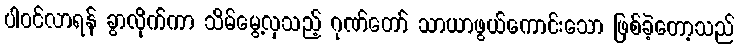
ပါဝင်လာရန် ခွာလိုက်ကာ သိမ်မွေ့လှသည့် ဂုဏ်တော် သာယာဖွယ်ကောင်းသော ဖြစ်ခဲ့တော့သည်